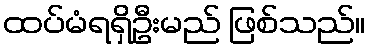
ထပ်မံရရှိဦးမည် ဖြစ်သည်။